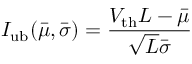
I _ { \mathrm { u b } } ( \bar { \mu } , \bar { \sigma } ) = \frac { V _ { \mathrm { t h } } L - \bar { \mu } } { \sqrt { L } \bar { \sigma } }